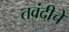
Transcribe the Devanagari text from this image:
तवंदीचे